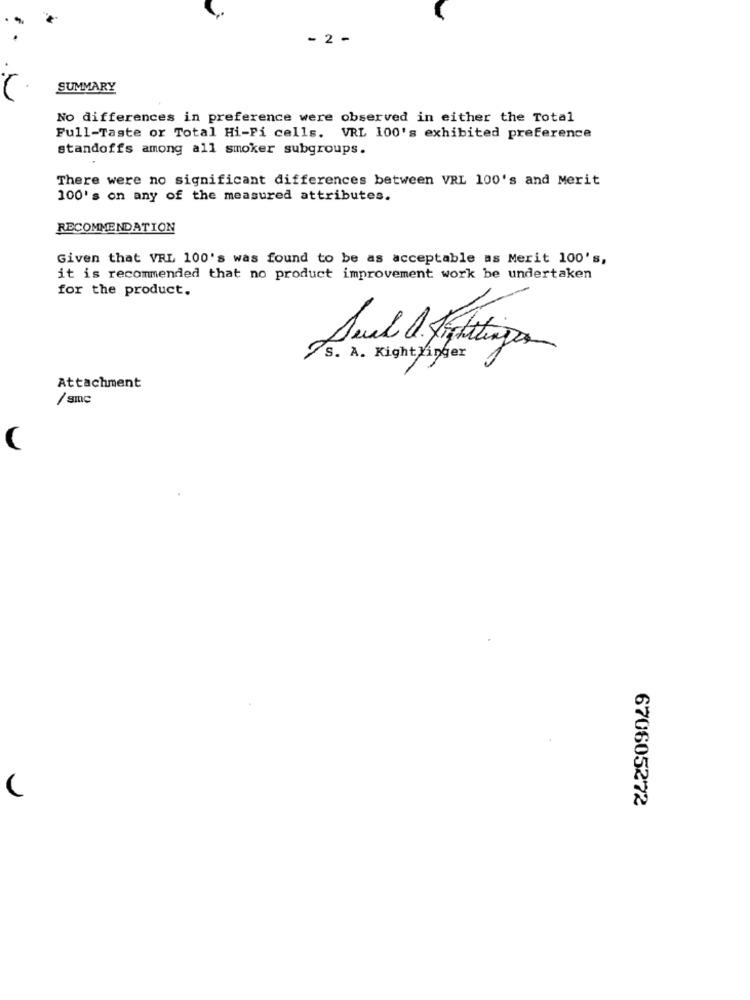
- 2 -
SUMMARY
No differences in preference were observed in either the Total
Full-Taste or Total Hi-Fi cells. VRL 100's exhibited preference
standoffs among all smoker subgroups.
There were no significant differences between VRL 100's and Merit
100' s on any of the measured attributes.
RECOMMENDATION
Given that VRL 100's was found to be as acceptable as Merit 100's,
it is recommended that no product improvement work be undertaken
for the product.
/S. A. Kight inger
Attachment
/ smc
670605272